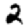
Digit: 2